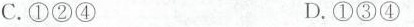
C. ①②④ D. ①③④